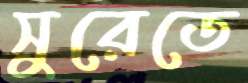
সুরেতে